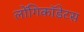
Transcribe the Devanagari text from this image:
लोंगिकॉडेटस